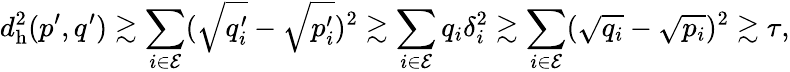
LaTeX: d_{\mathrm{h}}^{2}(p^{\prime},q^{\prime})\gtrsim\sum_{i\in\mathcal{E}}(\sqrt{q_{i}^{\prime}}-\sqrt{p_{i}^{\prime}})^{2}\gtrsim\sum_{i\in\mathcal{E}}q_{i}\delta_{i}^{2}\gtrsim\sum_{i\in\mathcal{E}}(\sqrt{q_{i}}-\sqrt{p_{i}})^{2}\gtrsim\tau,